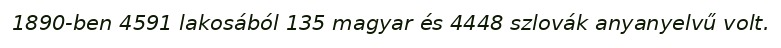
1890-ben 4591 lakosából 135 magyar és 4448 szlovák anyanyelvű volt.